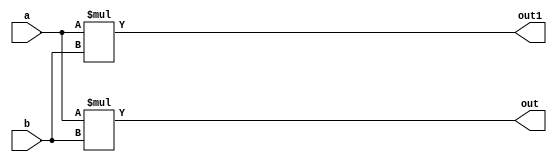
`timescale 1ns / 1ps
//////////////////////////////////////////////////////////////////////////////////
// Company: 
// Engineer: 
// 
// Design Name: 
// Module Name:    multipliers 
// Project Name: 
// Target Devices: 
// Tool versions: 
// Description: 
//
// Dependencies: 
//
// Revision: 
// Revision 0.01 - File Created
// Additional Comments: 
//
//////////////////////////////////////////////////////////////////////////////////
module multipliers(
input [7:0] a,b,
output [15:0] out,out1
    );
wire signed [7:0] m1,m2;
assign m1=a;
assign m2=b;

assign out1=m1*m2;
assign out=a*b;

endmodule